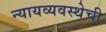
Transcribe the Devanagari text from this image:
न्यायव्यवस्थेची